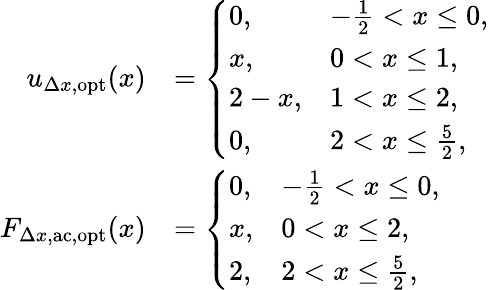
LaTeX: \begin{array}{rl}{u_{\Delta x,\mathrm{opt}}(x)}&{=\left\{ \begin{array}{ll}{0,}&{-\frac{1}{2}<x\leq 0,}\\ {x,}&{0<x\leq 1,}\\ {2-x,}&{1<x\leq 2,}\\ {0,}&{2<x\leq\frac{5}{2},}\end{array}\right.}\\ {F_{\Delta x,\mathrm{ac},\mathrm{opt}}(x)}&{=\left\{ \begin{array}{ll}{0,}&{-\frac{1}{2}<x\leq 0,}\\ {x,}&{0<x\leq 2,}\\ {2,}&{2<x\leq\frac{5}{2},}\end{array}\right.}\end{array}